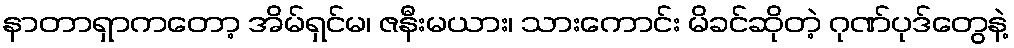
နာတာရှာကတော့ အိမ်ရှင်မ၊ ဇနီးမယား၊ သားကောင်း မိခင်ဆိုတဲ့ ဂုဏ်ပုဒ်တွေနဲ့